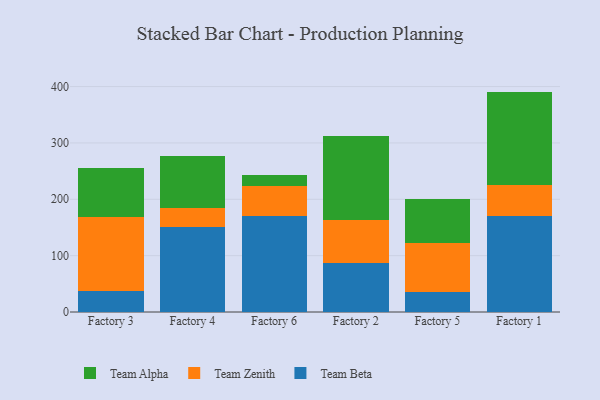
{"axis": {"x": "Factory", "y": "Revenue (USD Million)"}, "legend": ["Team Alpha", "Team Beta", "Team Zenith"], "data": [{"x": "Factory 3", "y": 37.7, "type": "Team Beta"}, {"x": "Factory 3", "y": 130.2, "type": "Team Zenith"}, {"x": "Factory 3", "y": 87.5, "type": "Team Alpha"}, {"x": "Factory 4", "y": 151.3, "type": "Team Beta"}, {"x": "Factory 4", "y": 33.8, "type": "Team Zenith"}, {"x": "Factory 4", "y": 92.2, "type": "Team Alpha"}, {"x": "Factory 6", "y": 170.4, "type": "Team Beta"}, {"x": "Factory 6", "y": 54.0, "type": "Team Zenith"}, {"x": "Factory 6", "y": 19.5, "type": "Team Alpha"}, {"x": "Factory 2", "y": 87.4, "type": "Team Beta"}, {"x": "Factory 2", "y": 75.0, "type": "Team Zenith"}, {"x": "Factory 2", "y": 150.3, "type": "Team Alpha"}, {"x": "Factory 5", "y": 35.8, "type": "Team Beta"}, {"x": "Factory 5", "y": 86.3, "type": "Team Zenith"}, {"x": "Factory 5", "y": 77.8, "type": "Team Alpha"}, {"x": "Factory 1", "y": 169.5, "type": "Team Beta"}, {"x": "Factory 1", "y": 56.0, "type": "Team Zenith"}, {"x": "Factory 1", "y": 165.6, "type": "Team Alpha"}]}